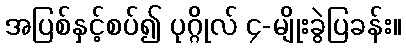
အပြစ်နှင့်စပ်၍ ပုဂ္ဂိုလ် ၄-မျိုးခွဲပြခန်း။